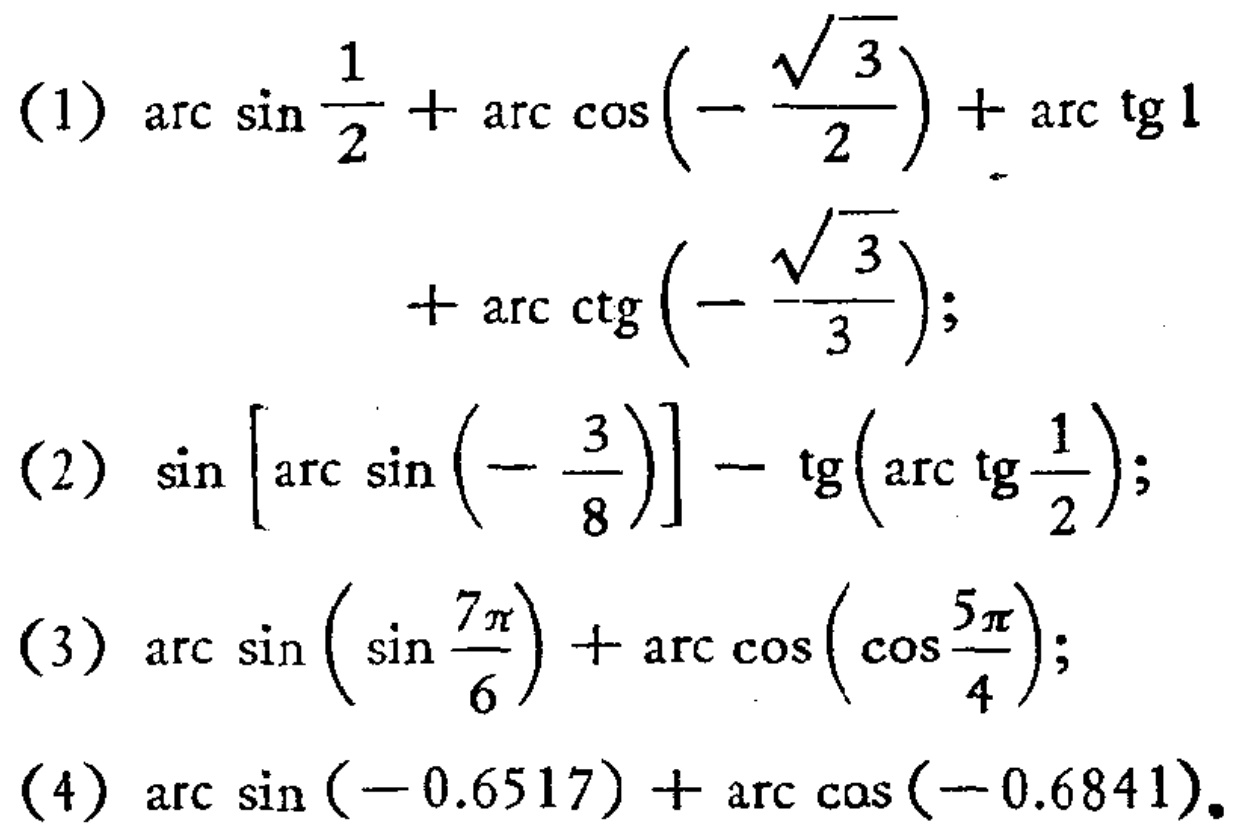
(1) \(\arcsin\frac{1}{2}+\arccos(-\frac{\sqrt{3}}{2})+\arctan1+\arccot(-\frac{\sqrt{3}}{3})\);
(2) \(\sin[\arcsin(-\frac{3}{8})]-\tan(\arctan\frac{1}{2})\);
(3) \(\arcsin(\sin\frac{7\pi}{6})+\arccos(\cos\frac{5\pi}{4})\);
(4) \(\arcsin(-0.6517)+\arccos(-0.6841)\)